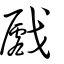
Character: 𢨛